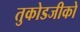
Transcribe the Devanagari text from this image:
तुकोडजीको